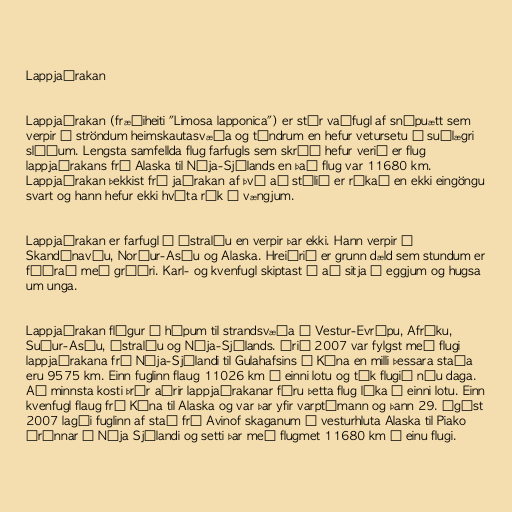
Lappjaðrakan

Lappjaðrakan (fræðiheiti "Limosa lapponica") er stór vaðfugl af snípuætt sem
verpir á ströndum heimskautasvæða og túndrum en hefur vetursetu á suðlægri
slóðum. Lengsta samfellda flug farfugls sem skráð hefur verið er flug
lappjaðrakans frá Alaska til Nýja-Sjálands en það flug var 11680 km.
Lappjaðrakan þekkist frá jaðrakan af því að stélið er rákað en ekki eingöngu
svart og hann hefur ekki hvíta rák á vængjum.

Lappjaðrakan er farfugl í Ástralíu en verpir þar ekki. Hann verpir í
Skandínavíu, Norður-Asíu og Alaska. Hreiðrið er grunn dæld sem stundum er
fóðrað með gróðri. Karl- og kvenfugl skiptast á að sitja á eggjum og hugsa
um unga.

Lappjaðrakan flýgur í hópum til strandsvæða í Vestur-Evrópu, Afríku,
Suður-Asíu, Ástralíu og Nýja-Sjálands. Árið 2007 var fylgst með flugi
lappjaðrakana frá Nýja-Sjálandi til Gulahafsins í Kína en milli þessara staða
eru 9575 km. Einn fuglinn flaug 11026 km í einni lotu og tók flugið níu daga.
Að minnsta kosti þrír aðrir lappjaðrakanar fóru þetta flug líka í einni lotu. Einn
kvenfugl flaug frá Kína til Alaska og var þar yfir varptímann og þann 29. ágúst
2007 lagði fuglinn af stað frá Avinof skaganum í vesturhluta Alaska til Piako
árínnar í Nýja Sjálandi og setti þar með flugmet 11680 km í einu flugi.